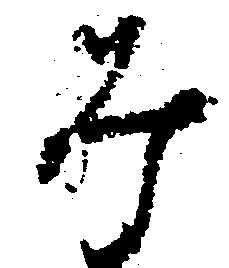
み